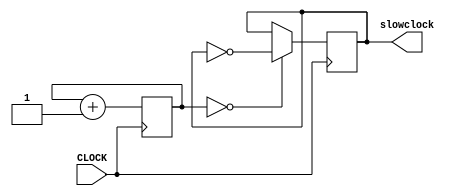
`timescale 1ns / 1ps
//////////////////////////////////////////////////////////////////////////////////
// Company: 
// Engineer: 
// 
// Design Name: 
// Module Name: my_12hz
// Project Name: 
// Target Devices: 
// Tool Versions: 
// Description: 
// 
// Dependencies: 
// 
// Revision:
// Revision 0.01 - File Created
// Additional Comments:
// 
//////////////////////////////////////////////////////////////////////////////////

module my_12hz(
    input CLOCK,
    output reg slowclock
    );
    
    reg [21:0] COUNT = 0;
    
    always @ (posedge CLOCK) begin
        COUNT <= COUNT + 1;
        slowclock <= (COUNT == 22'b0) ? ~slowclock : slowclock;
    end

endmodule